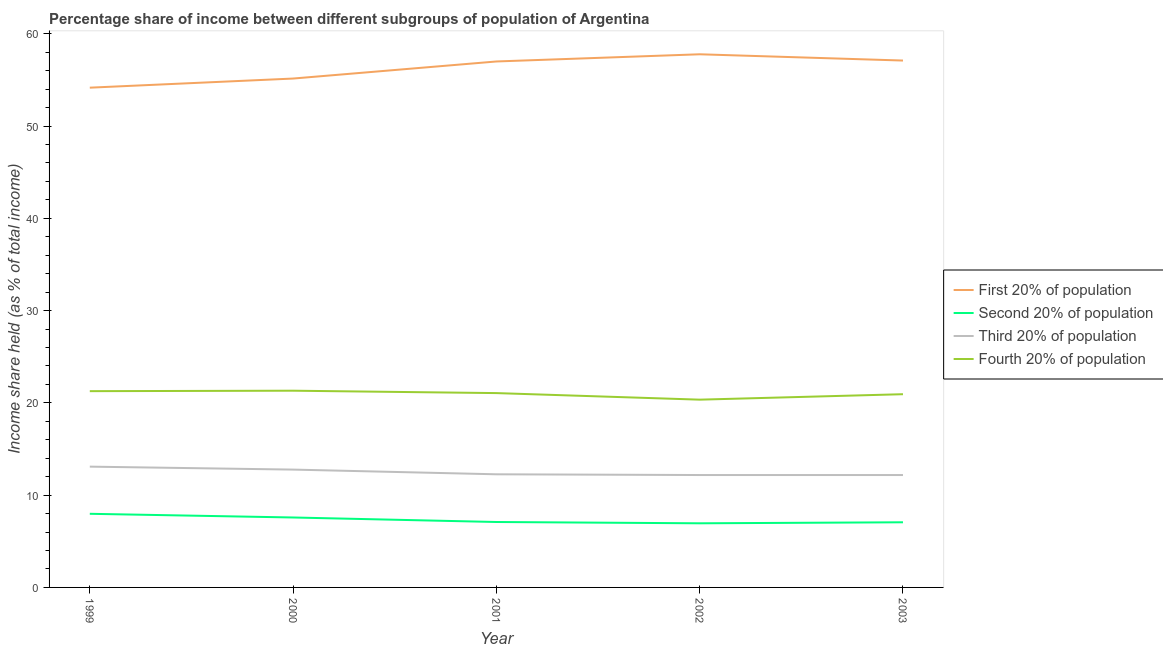
| Year | First 20% of population | Second 20% of population | Third 20% of population | Fourth 20% of population |
 | --- | --- | --- | --- | --- |
 | 1999 | 54.2 | 7.98 | 13.1 | 21.3 |
 | 2000 | 55.1 | 7.58 | 12.8 | 21.3 |
 | 2001 | 57 | 7.09 | 12.3 | 21.1 |
 | 2002 | 57.8 | 6.95 | 12.2 | 20.4 |
 | 2003 | 57.1 | 7.06 | 12.2 | 20.9 |